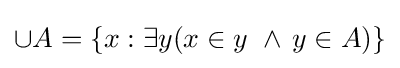
\cup A=\{x:\exists y(x\in y\,\,\land \,y\in A)\}